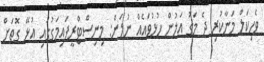
ވެހިކަލް މަނާކުރި ދެ މަގު އަލުން ހުޅުވައެއް ނުލަން: މިނިސްޓްރީފައިމަގުގައި އުޅޭ ގޮތަށް